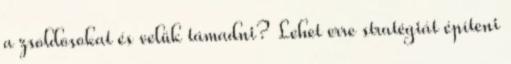
a zsoldosokat és velük támadni? Lehet erre stratégiát építeni